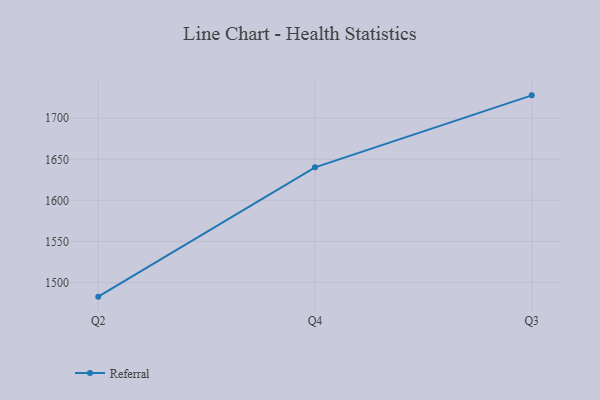
{"axis": {"x": "Quarter", "y": "Net Income (USD K)"}, "legend": ["Referral"], "data": [{"x": "Q2", "y": 1482.7, "type": "Referral"}, {"x": "Q4", "y": 1640.2, "type": "Referral"}, {"x": "Q3", "y": 1727.9, "type": "Referral"}]}